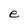
Character: e